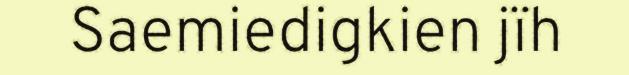
Saemiedigkien jïh